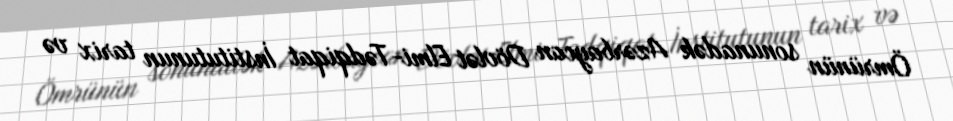
Ömrünün sonunadək Azərbaycan Dövlət Elmi-Tədqiqat İnstitutunun tarix və